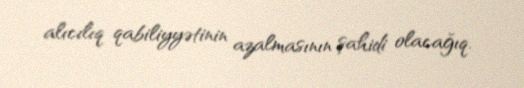
alıcılıq qabiliyyətinin azalmasının şahidi olacağıq.